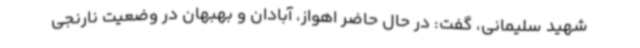
شهید سلیمانی، گفت: در حال حاضر اهواز، آبادان و بهبهان در وضعیت نارنجی